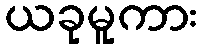
ယခုမူကား